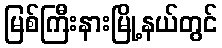
မြစ်ကြီးနားမြို့နယ်တွင်